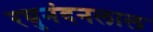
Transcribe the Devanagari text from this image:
रघुनंदनलाल